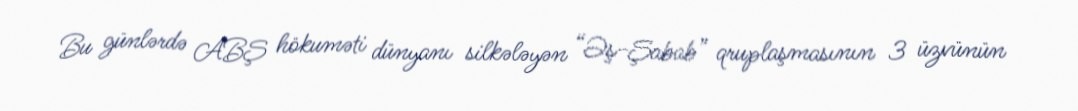
Bu günlərdə ABŞ hökuməti dünyanı silkələyən “Əş-Şabab” qruplaşmasının 3 üzvünün